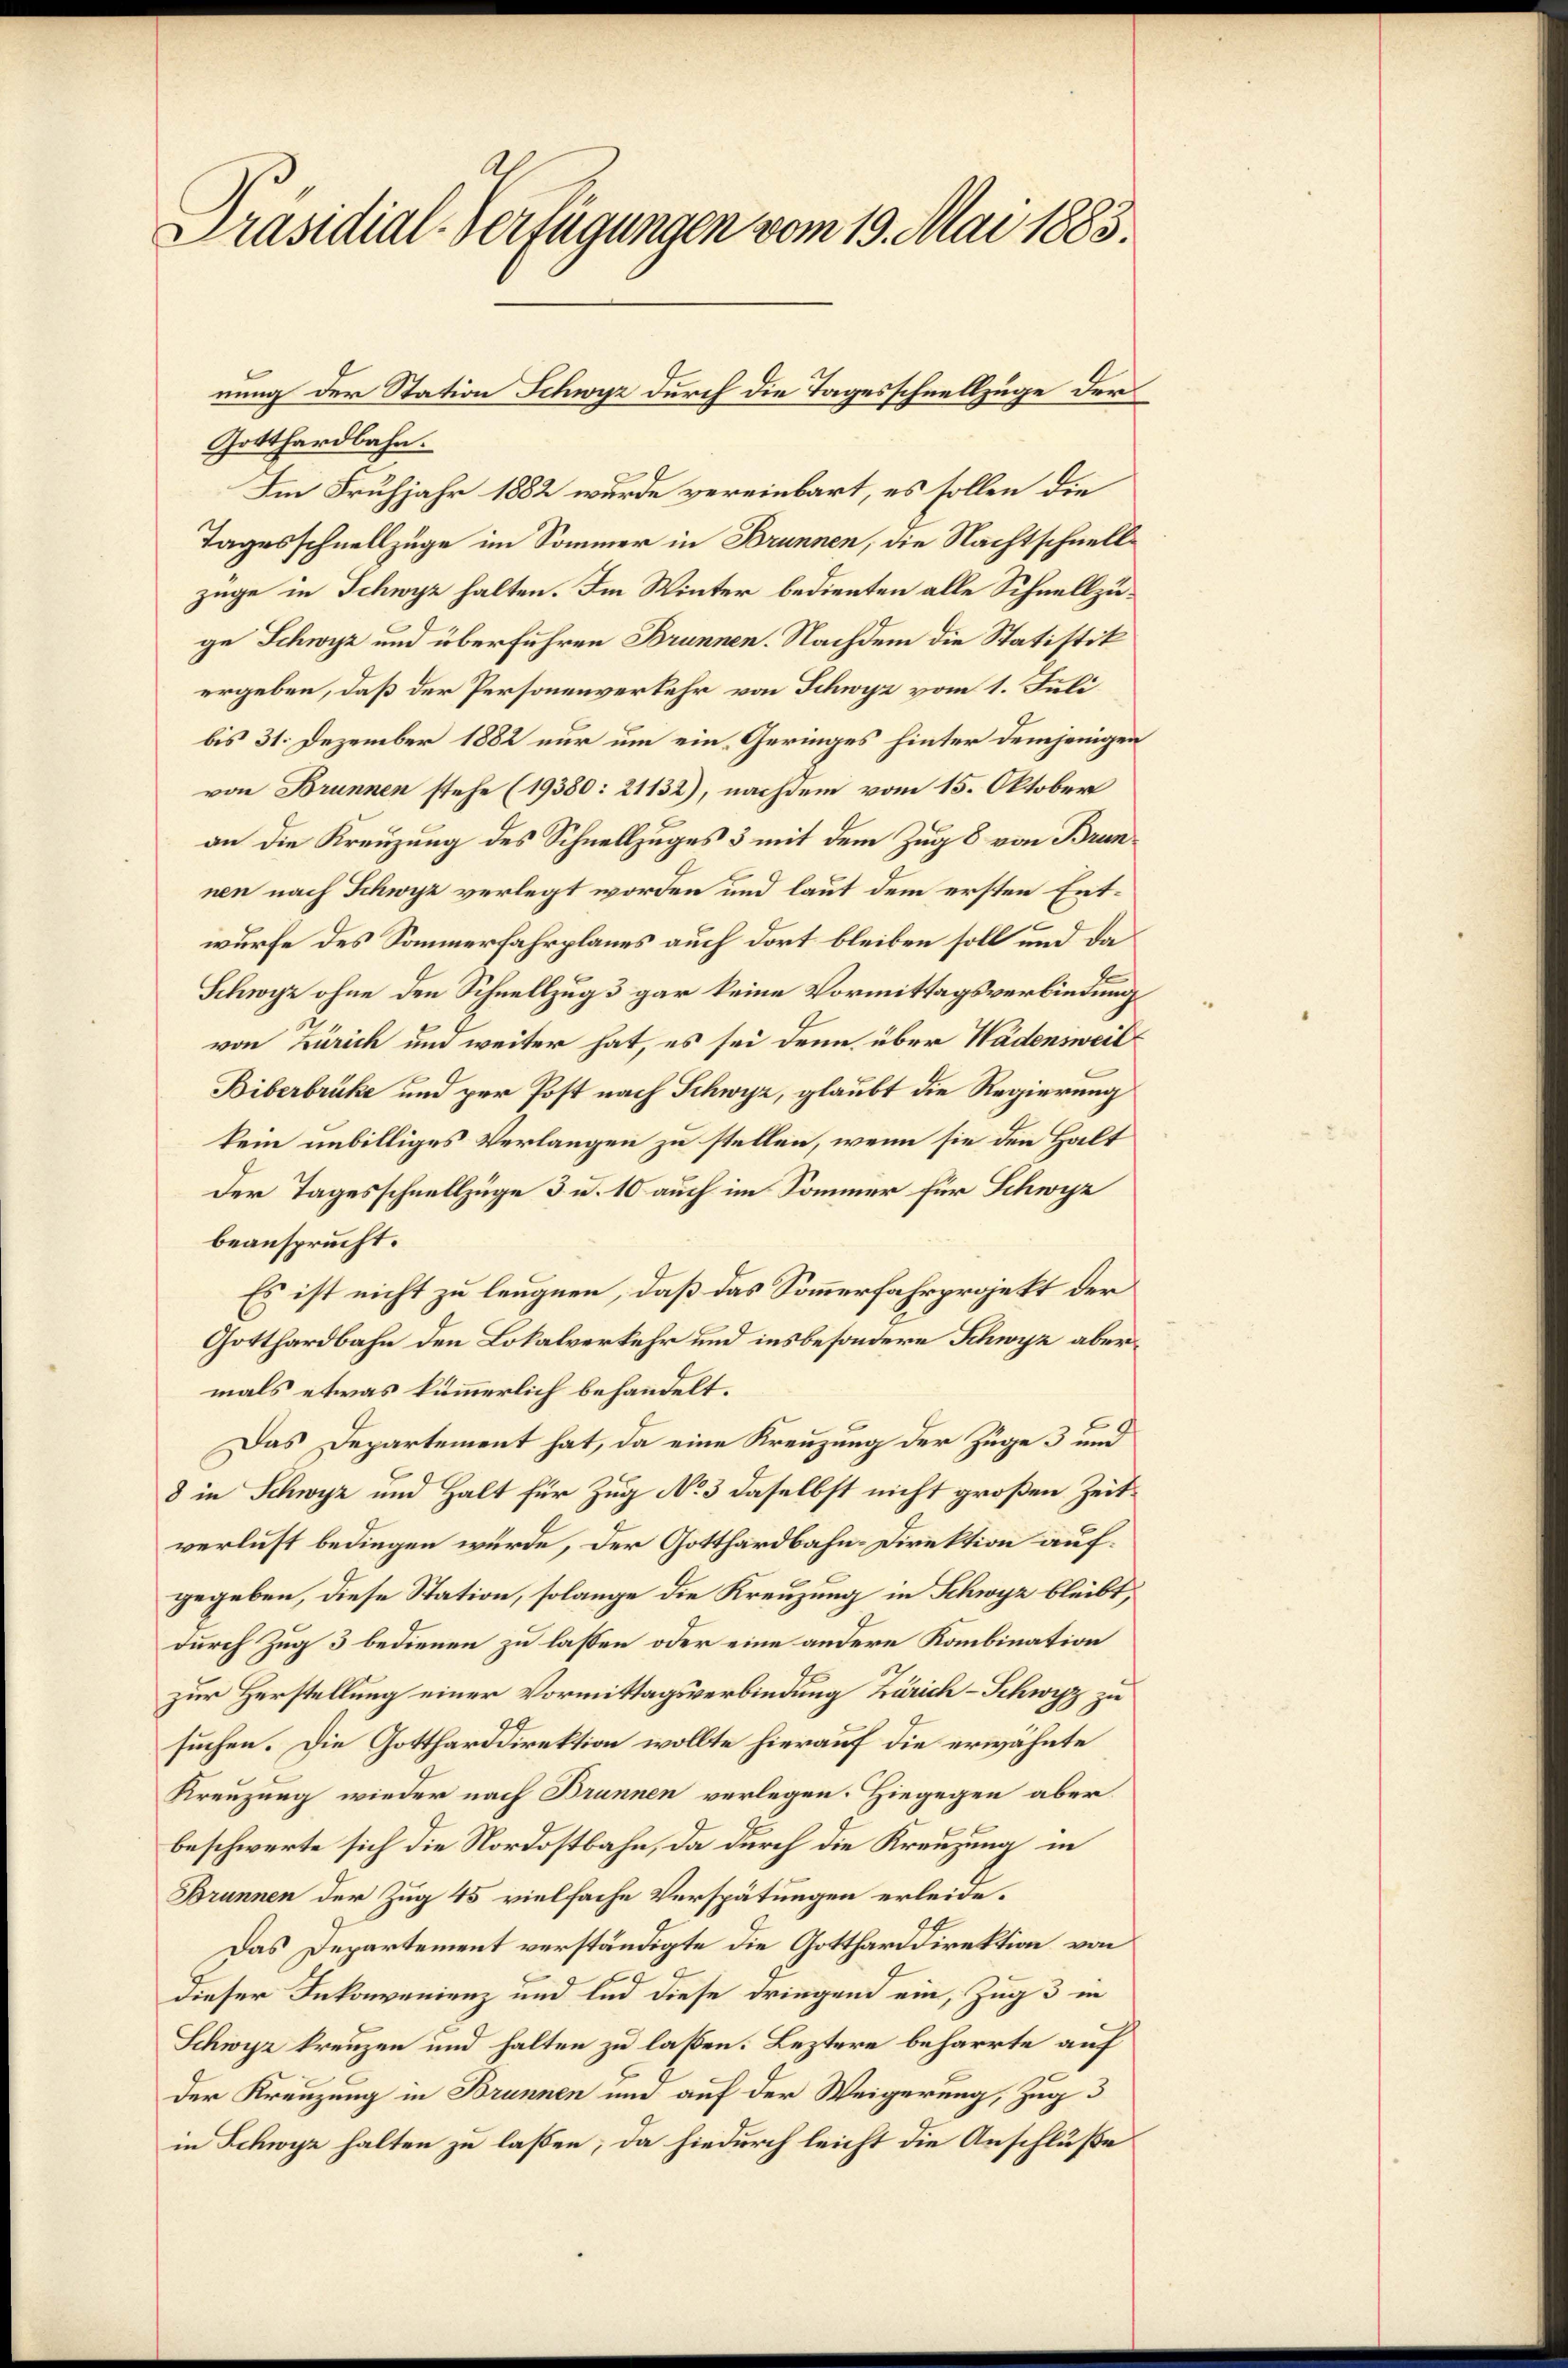
Präsidial-Verfügungen vom 19. Mai 1883.

Gotthardbahn.
Im Frühjahr 1882 wurde vereinbart, es sollen die
Tagesschnellzüge im Sommer in Brunnen, die Nachtschnellzüge in Schwyz halten. Im Winter bedienten alle Schnellzuge Schwyz und überführen Brunnen. Nachdem die Statistik
ergeben, daß der Personenverkehr von Schwyz vom 1. Juli
bis 31. Dezember 1882 nur um ein Geringes hinter demjenigen
von Brunnen stehe (19380: 21132), nachdem vom 15. Oktober
an die Kreuzung des Schnellzuges 3 mit dem Zug 8 von Brunnen nach Schwyz verlegt worden und laut dem ersten Entwurfe des Sommerfahrplanes auch dort bleiben soll und da
Schwyz ohne den Schnellzug 3 gar keine Vormittagsverbindung
von Zürich und weiter hat, es sei denn über Wädensweil
Biberbrücke und per Post nach Schwyz, glaubt die Regierung
kein unbilliges Verlangen zu stellen, wenn sie den Halt
Der Tagesschnellzüge 3 u. 10 auch im Sommer für Schwyz
beansprucht.
Es ist nicht zu leugnen, daß das Sommerfahrprojekt der
Gotthardbahn den Lokalverkehr und insbesondere Schwyz abermals etwas kümmerlich behandelt.
Das Departement hat, da eine Kreuzung der Züge 3 und
8 in Schwyz und Halt für Zug No 3 daselbst nicht großen Zeitverlust bedingen würde, der Gotthardbahn-Direktion aufgegeben, diese Station, solange die Kreuzung in Schwyz bleibt,
durch Zug 3 bedienen zu lassen oder eine andere Kombination
zur Herstellung einer Vormittagsverbindung Zürich-Schwyz zu
suchen. Die Gottharddirektion wollte hierauf die erwähnte
Kreuzung wieder nach Brunnen verlegen. Hiegegen aber
beschwerte sich die Nordostbahn, da durch die Kreuzung in
Brunnen der Zug 45 vielfache Verspätungen erleide.
G
Das Departement verständigte die Gottharddirektion von
dieser Inkonvenienz und und diese dringend ein, Zug 3 in
Schwyz kreuzen und halten zu laßen. Leztere beharrte auf
der Kreuzung in Brunnen und auf der Weigerung, Zug
in Schwyz halten zu laßen; da hiedurch leicht die Anschluße

nung der Station Schwyz durch die Tagesschnellzüge der